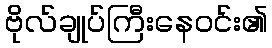
ဗိုလ်ချုပ်ကြီးနေဝင်း၏